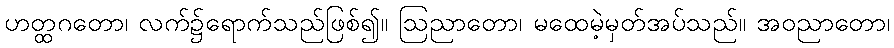
ဟတ္ထဂတော၊ လက်၌ရောက်သည်ဖြစ်၍။ ဩညာတော၊ မထေမဲ့မှတ်အပ်သည်။ အဝညာတော၊